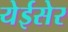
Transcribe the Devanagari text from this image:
येईसेर